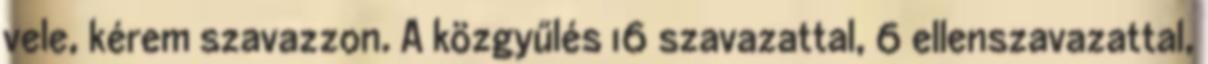
vele, kérem szavazzon. A közgyűlés 16 szavazattal, 6 ellenszavazattal,